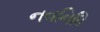
નવનિધિ